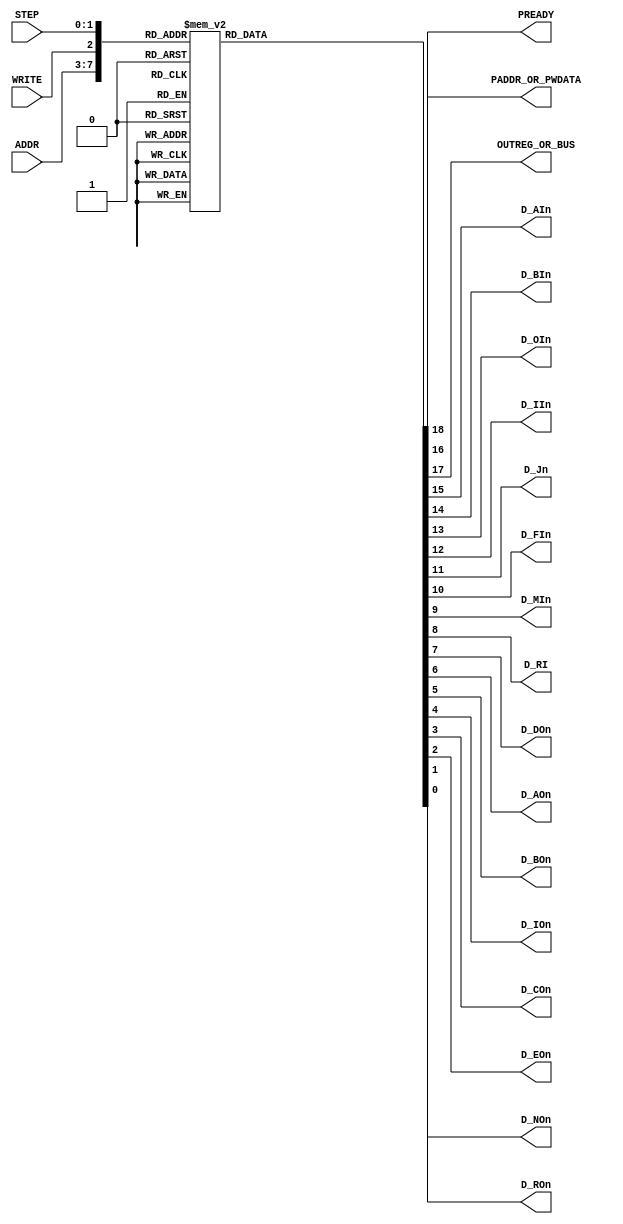
`default_nettype none
`timescale 1ns/1ps

module debugger_microcode(
  input wire [4:0] ADDR,
  input wire       WRITE,
  input wire [1:0] STEP,
  output wire      PREADY,
  output wire      PADDR_OR_PWDATA,
  output wire      OUTREG_OR_BUS,
  output wire      D_AIn, D_BIn, D_OIn, D_IIn, D_Jn, D_FIn, D_MIn, D_RI,
  output wire      D_DOn, D_AOn, D_BOn, D_IOn, D_COn, D_EOn, D_ROn, D_NOn
);
  reg [18:0] signals;
  always @(*)
    begin
      case ({ADDR, WRITE, STEP})
        // Address: 0x0000 R
        8'b00000000: signals = 19'b1001111111011111111;
        // Address: 0x0000 W
        8'b00000100: signals = 19'b1001111111011111111;
        // Address: 0x0001 R
        8'b00001000: signals = 19'b1001111111010111111;
        // Address: 0x0001 W
        8'b00001100: signals = 19'b1000111111001111111;
        // Address: 0x0002 R
        8'b00010000: signals = 19'b1001111111011011111;
        // Address: 0x0002 W
        8'b00010100: signals = 19'b1001011111001111111;
        // Address: 0x0003 R
        8'b00011000: signals = 19'b1001111111011101111;
        // Address: 0x0003 W
        8'b00011100: signals = 19'b1001110111001111111;
        // Address: 0x0004 R
        8'b00100000: signals = 19'b1001111111011110111;
        // Address: 0x0004 W
        8'b00100100: signals = 19'b1001111011001111111;
        // Address: 0x0005 R
        8'b00101000: signals = 19'b1001111111011111111;
        // Address: 0x0005 W
        8'b00101100: signals = 19'b1001111111011111111;
        // Address: 0x0006 R
        8'b00110000: signals = 19'b1001111111011111110;
        // Address: 0x0006 W
        8'b00110100: signals = 19'b1001111111011111111;
        // Address: 0x0007 R
        8'b00111000: signals = 19'b1101111111011111111;
        // Address: 0x0007 W
        8'b00111100: signals = 19'b1001101111001111111;
        // Address: 0x0008 R
        8'b01000000: signals = 19'b0011111110001111111;
        8'b01000001: signals = 19'b1001111111011111101;
        // Address: 0x0008 W
        8'b01000100: signals = 19'b0011111110001111111;
        8'b01000101: signals = 19'b1001111111101111111;
        // Address: 0x0009 R
        8'b01001000: signals = 19'b0011111110001111111;
        8'b01001001: signals = 19'b1001111111011111101;
        // Address: 0x0009 W
        8'b01001100: signals = 19'b0011111110001111111;
        8'b01001101: signals = 19'b1001111111101111111;
        // Address: 0x000A R
        8'b01010000: signals = 19'b0011111110001111111;
        8'b01010001: signals = 19'b1001111111011111101;
        // Address: 0x000A W
        8'b01010100: signals = 19'b0011111110001111111;
        8'b01010101: signals = 19'b1001111111101111111;
        // Address: 0x000B R
        8'b01011000: signals = 19'b0011111110001111111;
        8'b01011001: signals = 19'b1001111111011111101;
        // Address: 0x000B W
        8'b01011100: signals = 19'b0011111110001111111;
        8'b01011101: signals = 19'b1001111111101111111;
        // Address: 0x000C R
        8'b01100000: signals = 19'b0011111110001111111;
        8'b01100001: signals = 19'b1001111111011111101;
        // Address: 0x000C W
        8'b01100100: signals = 19'b0011111110001111111;
        8'b01100101: signals = 19'b1001111111101111111;
        // Address: 0x000D R
        8'b01101000: signals = 19'b0011111110001111111;
        8'b01101001: signals = 19'b1001111111011111101;
        // Address: 0x000D W
        8'b01101100: signals = 19'b0011111110001111111;
        8'b01101101: signals = 19'b1001111111101111111;
        // Address: 0x000E R
        8'b01110000: signals = 19'b0011111110001111111;
        8'b01110001: signals = 19'b1001111111011111101;
        // Address: 0x000E W
        8'b01110100: signals = 19'b0011111110001111111;
        8'b01110101: signals = 19'b1001111111101111111;
        // Address: 0x000F R
        8'b01111000: signals = 19'b0011111110001111111;
        8'b01111001: signals = 19'b1001111111011111101;
        // Address: 0x000F W
        8'b01111100: signals = 19'b0011111110001111111;
        8'b01111101: signals = 19'b1001111111101111111;
        // Address: 0x0010 R
        8'b10000000: signals = 19'b0011111110001111111;
        8'b10000001: signals = 19'b1001111111011111101;
        // Address: 0x0010 W
        8'b10000100: signals = 19'b0011111110001111111;
        8'b10000101: signals = 19'b1001111111101111111;
        // Address: 0x0011 R
        8'b10001000: signals = 19'b0011111110001111111;
        8'b10001001: signals = 19'b1001111111011111101;
        // Address: 0x0011 W
        8'b10001100: signals = 19'b0011111110001111111;
        8'b10001101: signals = 19'b1001111111101111111;
        // Address: 0x0012 R
        8'b10010000: signals = 19'b0011111110001111111;
        8'b10010001: signals = 19'b1001111111011111101;
        // Address: 0x0012 W
        8'b10010100: signals = 19'b0011111110001111111;
        8'b10010101: signals = 19'b1001111111101111111;
        // Address: 0x0013 R
        8'b10011000: signals = 19'b0011111110001111111;
        8'b10011001: signals = 19'b1001111111011111101;
        // Address: 0x0013 W
        8'b10011100: signals = 19'b0011111110001111111;
        8'b10011101: signals = 19'b1001111111101111111;
        // Address: 0x0014 R
        8'b10100000: signals = 19'b0011111110001111111;
        8'b10100001: signals = 19'b1001111111011111101;
        // Address: 0x0014 W
        8'b10100100: signals = 19'b0011111110001111111;
        8'b10100101: signals = 19'b1001111111101111111;
        // Address: 0x0015 R
        8'b10101000: signals = 19'b0011111110001111111;
        8'b10101001: signals = 19'b1001111111011111101;
        // Address: 0x0015 W
        8'b10101100: signals = 19'b0011111110001111111;
        8'b10101101: signals = 19'b1001111111101111111;
        // Address: 0x0016 R
        8'b10110000: signals = 19'b0011111110001111111;
        8'b10110001: signals = 19'b1001111111011111101;
        // Address: 0x0016 W
        8'b10110100: signals = 19'b0011111110001111111;
        8'b10110101: signals = 19'b1001111111101111111;
        // Address: 0x0017 R
        8'b10111000: signals = 19'b0011111110001111111;
        8'b10111001: signals = 19'b1001111111011111101;
        // Address: 0x0017 W
        8'b10111100: signals = 19'b0011111110001111111;
        8'b10111101: signals = 19'b1001111111101111111;
        // Address: 0x0018 R
        8'b11000000: signals = 19'b0011111110001111111;
        8'b11000001: signals = 19'b1001111111011111101;
        // Address: 0x0018 W
        8'b11000100: signals = 19'b0011111110001111111;
        8'b11000101: signals = 19'b1001111111101111111;
        default:     signals = 19'b0001111111011111111;
      endcase
    end

  assign PREADY          = signals[18];
  assign OUTREG_OR_BUS   = signals[17];
  assign PADDR_OR_PWDATA = signals[16];
  assign D_AIn           = signals[15];
  assign D_BIn           = signals[14];
  assign D_OIn           = signals[13];
  assign D_IIn           = signals[12];
  assign D_Jn            = signals[11];
  assign D_FIn           = signals[10];
  assign D_MIn           = signals[9];
  assign D_RI            = signals[8];
  assign D_DOn           = signals[7];
  assign D_AOn           = signals[6];
  assign D_BOn           = signals[5];
  assign D_IOn           = signals[4];
  assign D_COn           = signals[3];
  assign D_EOn           = signals[2];
  assign D_ROn           = signals[1];
  assign D_NOn           = signals[0];
endmodule